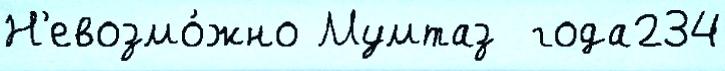
Н'евозмо́жно Мумтаз  года234